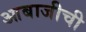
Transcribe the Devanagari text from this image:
आबाजीची